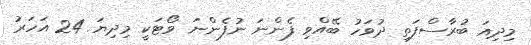
މިދިއަ ބުރާސްފަތި ދުވަހު ބޭއްވި ފެންނަ ނުފެންނަ ވޯޓަކީ މިދިޔަ 24 އަހަރު